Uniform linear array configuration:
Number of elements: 48
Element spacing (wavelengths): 0.5
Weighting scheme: hamming
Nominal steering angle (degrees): -15
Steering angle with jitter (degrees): -13.195
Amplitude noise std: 0.05
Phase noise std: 0.05

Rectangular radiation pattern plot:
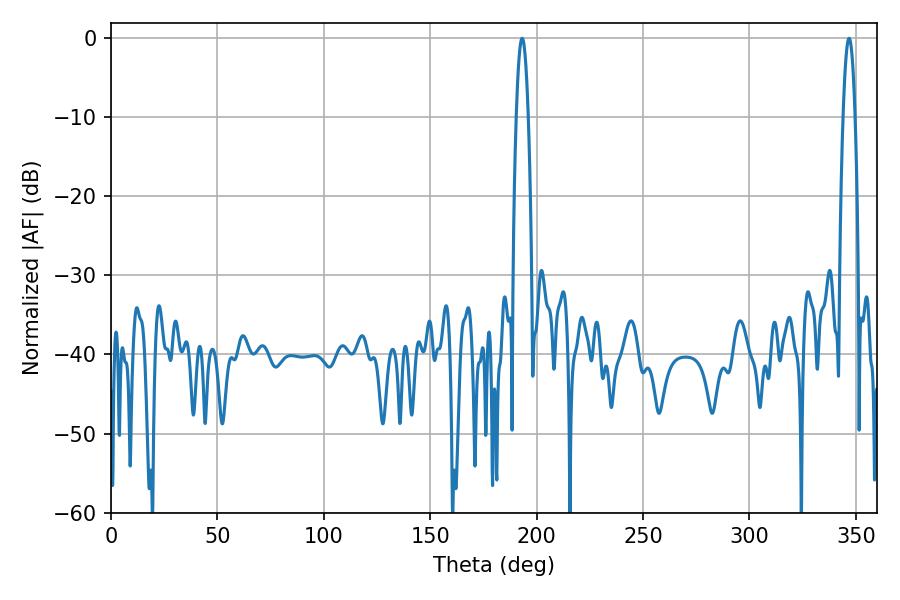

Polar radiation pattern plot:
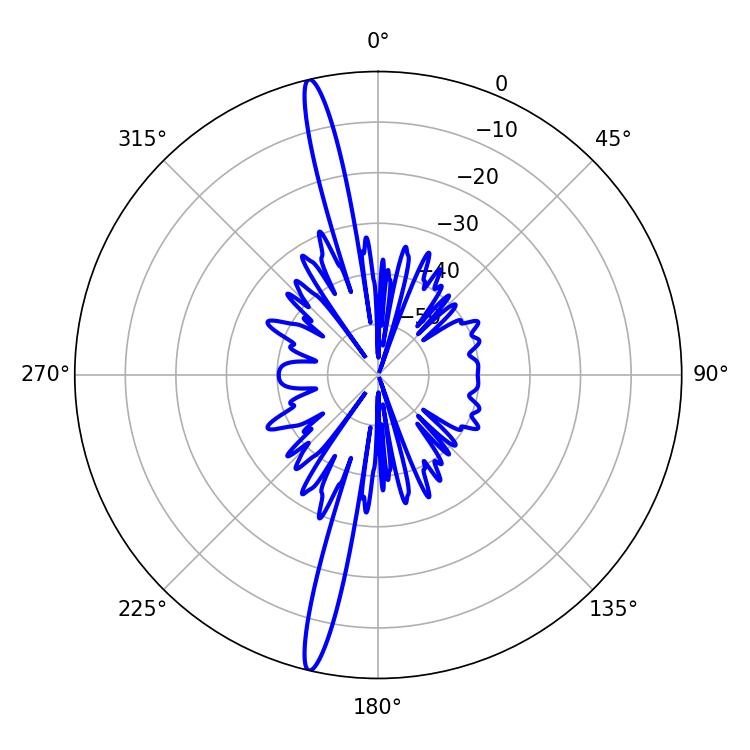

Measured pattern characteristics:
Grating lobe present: FALSE
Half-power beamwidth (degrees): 3.06
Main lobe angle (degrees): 193.14